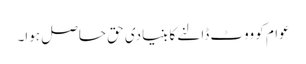
عوام کو ووٹ ڈالنے کا بنیادی حق حاصل ہوا۔